Rangoon Lunatic Asylum 1878-1892 - 1878-1892
Year: 1878
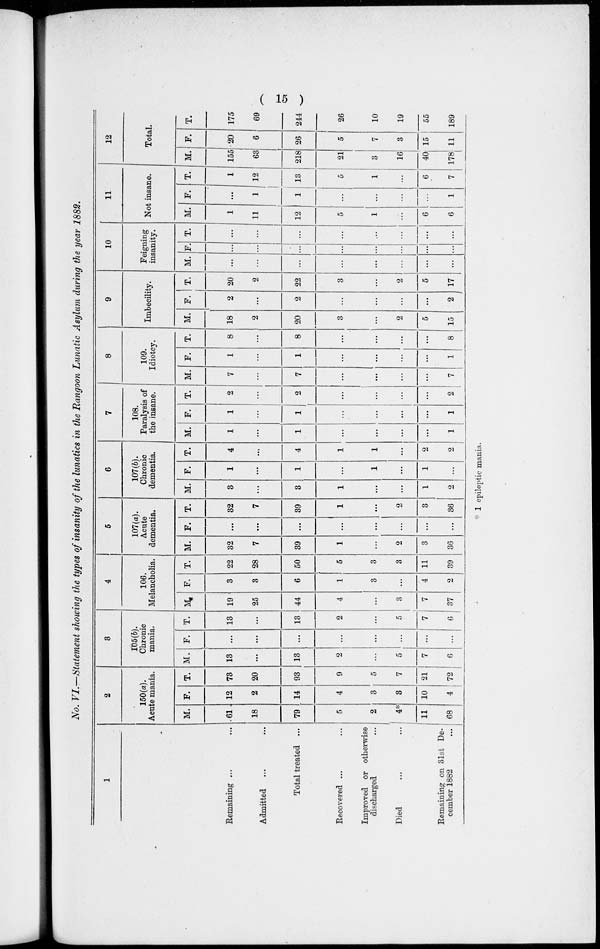
( 15 )
No. VI.—Statement showing the types of insanity of the lunatics in the Rangoon Lunatic Asylum during the year 1882.
1
Remaining ... ...
Admitted ... ...
Total treated ...
Recovered ... ...
Improved or otherwise
discharged ...
Died ... ...
Remaining on 31st De-
cember 1882 ...
2
150(a).
Acute mania.
M.
61
18
79
5
2
4*
11
68
F.
12
2
14
4
3
3
10
4
T.
73
20
93
9
5
7
21
72
3
105(b).
Chronic
mania.
M.
13
...
13
2
...
5
7
6
F.
...
...
...
...
...
...
...
...
T.
13
...
13
2
...
5
7
6
4
106.
Melancholia.
M.
19
25
44
4
...
3
7
37
F.
3
3
6
1
3
...
4
2
T.
22
28
50
5
3
3
11
39
5
107(a).
Acute
dementia.
M.
32
7
39
1
...
2
3
36
F.
...
...
...
...
...
...
...
...
T.
32
7
39
1
...
2
3
36
6
107(b).
Chronic
dementia.
M.
3
...
3
1
...
...
1
2
F.
1
...
1
...
1
...
1
...
T.
4
...
4
1
1
...
2
2
7
108.
Paralysis of
the insane.
M.
1
...
1
...
...
...
...
1
F.
1
...
1
...
...
...
...
1
T.
2
...
2
...
...
...
...
2
8
109.
Idiotcy.
M.
7
...
7
...
...
...
...
7
F.
1
...
1
...
...
...
...
1
T.
8
...
8
...
...
...
...
8
9
Imbecility.
M.
18
2
20
3
...
2
5
15
F.
2
...
2
...
...
...
...
2
T.
20
2
22
3
...
2
5
17
10
Feigning
insanity.
M.
...
...
...
...
...
...
...
...
F.
...
...
...
...
...
...
T.
...
...
...
...
...
...
...
11
Not insane.
M.
1
11
12
5
1
...
6
6
F.
...
1
1
...
...
...
1
T.
1
..
13
5
1
...
6
7
12
Total.
M.
155
63
218
21
3
16
40
178
F.
20
6
26
5
7
3
15
11
T.
175
69
244
26
10
19
55
189
* 1 epileptic mania.